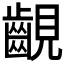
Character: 𧢟